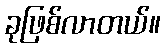
ခုဖြစ်လာတယ်။